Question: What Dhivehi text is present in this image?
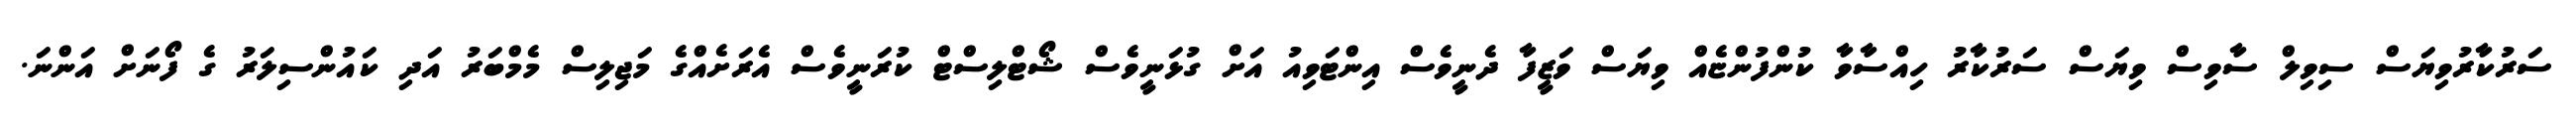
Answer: ސަރުކާރުވިޔަސް ސިވިލް ސާވިސް ވިޔަސް ސަރުކާރު ހިއްސާވާ ކުންފުންޏެއް ވިޔަސް ވަޒީފާ ދެނީވެސް އިންޓަވިއު އަށް ގުޅަނީވެސް ޝޯޓްލިސްޓް ކުރަނީވެސް އެރަށެއްގެ މަޖިލިސް މެމްބަރު އަދި ކައުންސިލަރު ގެ ފޯނަށް އަންނަ.